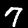
Digit: 7